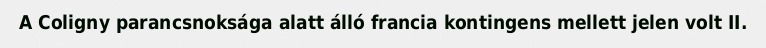
A Coligny parancsnoksága alatt álló francia kontingens mellett jelen volt II.